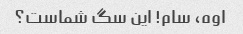
اوه، سام! این سگ شماست؟